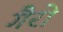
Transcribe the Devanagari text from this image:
गैरो